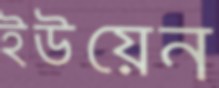
ইউয়েন